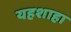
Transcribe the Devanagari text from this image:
यहशाहा